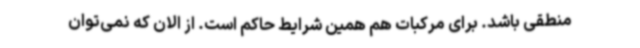
منطقی باشد. برای مرکبات هم همین شرایط حاکم است. از الان که نمی‌توان